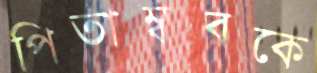
পিতাম্বরকে